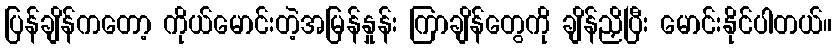
ပြန်ချိန်ကတော့ ကိုယ်မောင်းတဲ့အမြန်နှုန်း ကြာချိန်တွေကို ချိန်ညှိပြီး မောင်းနိုင်ပါတယ်။